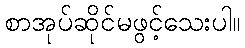
စာအုပ်ဆိုင်မဖွင့်သေးပါ။